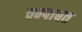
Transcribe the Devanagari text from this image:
चम्पाबत